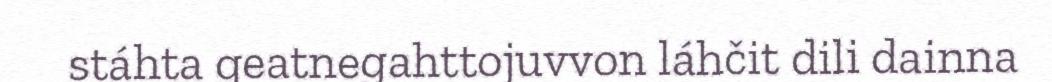
stáhta geatnegahttojuvvon láhčit dili dainna